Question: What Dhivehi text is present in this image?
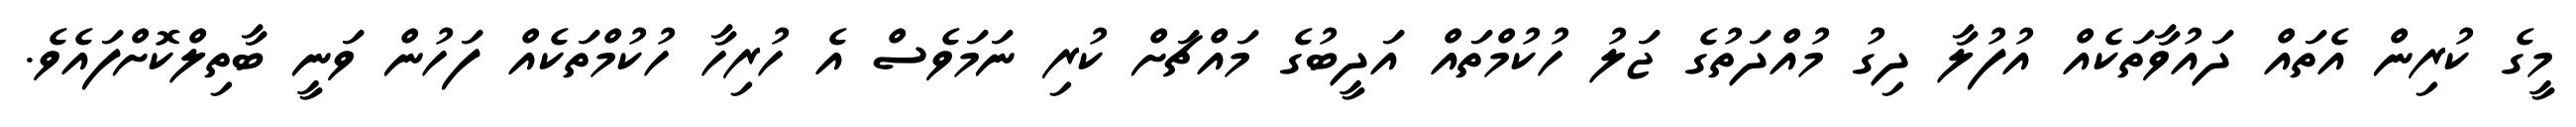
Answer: މީގެ ކުރިން އެތައް ދައުވާތަކެއް އުފުލާ ދިގު މުއްދަތުގެ ޖަލު ހުކުމްތައް އަދީބުގެ މައްޗަށް ކުރި ނަމަވެސް އެ ހުރިހާ ހުކުމްތަކެއް ފަހުން ވަނީ ބާތިލްކޮށްފައެވެ.